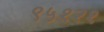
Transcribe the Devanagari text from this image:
९५१२१